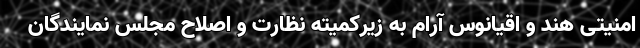
امنیتی هند و اقیانوس آرام به زیرکمیته نظارت و اصلاح مجلس نمایندگان